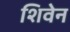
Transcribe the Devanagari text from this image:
शिवेन